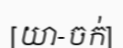
[យា-ចក់]